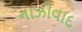
નાઝીવાદ